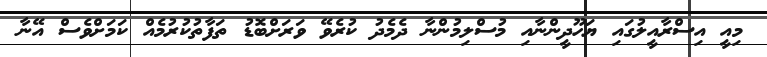
މިއީ އިސްރާއީލުގައި ޔަހޫދީންނާއި މުސްލިމުންނާ ދެމެދު ކުރެވޭ ވަރަށްބޮޑު ތަފާތުކުރުމެއް ކަމަށްވެސް އޭނާ